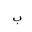
Letter: _ba